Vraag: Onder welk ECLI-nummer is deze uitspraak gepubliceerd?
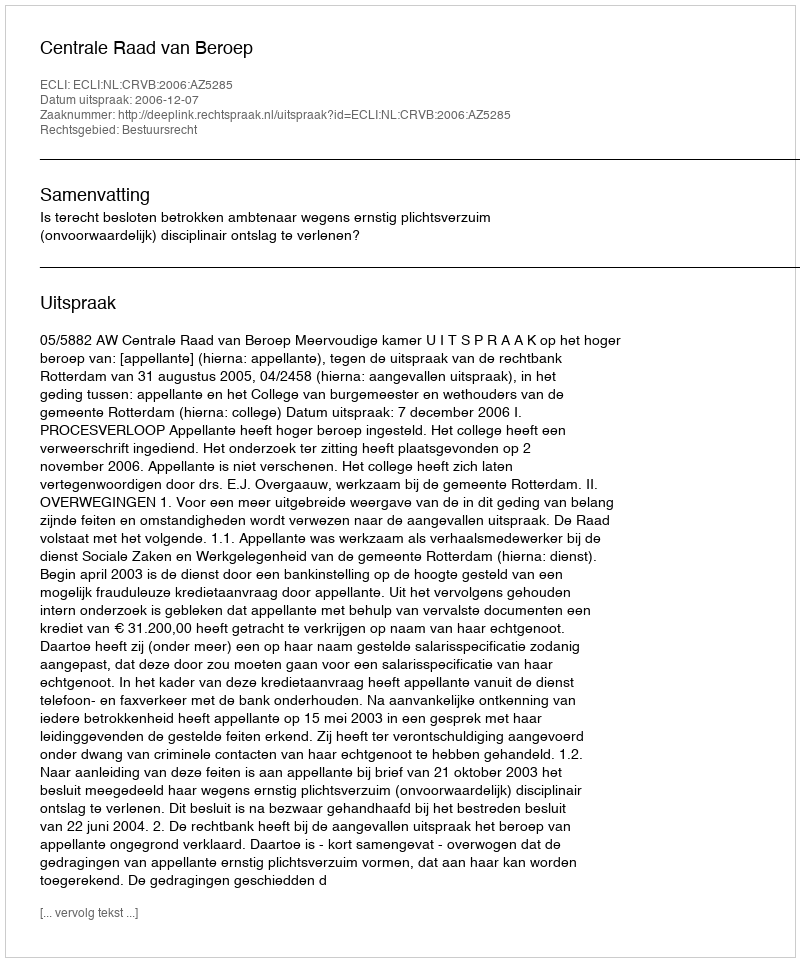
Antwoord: ECLI:NL:CRVB:2006:AZ5285